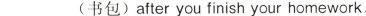
___ (书包) after you finish your homework.